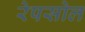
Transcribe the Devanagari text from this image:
रेपसोल